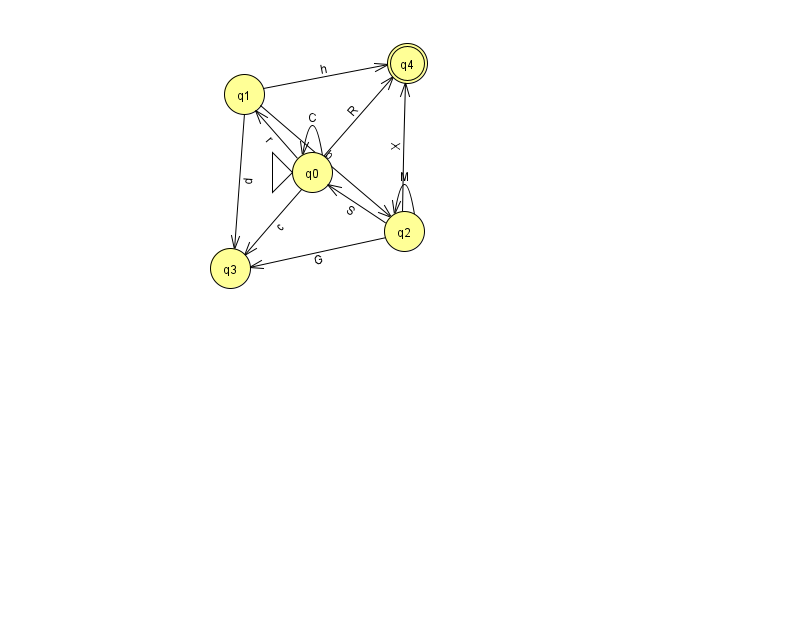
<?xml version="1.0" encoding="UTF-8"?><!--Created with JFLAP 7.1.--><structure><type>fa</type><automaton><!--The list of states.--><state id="0" name="q0"><x>312.0</x><y>159.0</y><initial/></state><state id="1" name="q1"><x>244.0</x><y>81.0</y></state><state id="2" name="q2"><x>404.0</x><y>218.0</y></state><state id="3" name="q3"><x>230.0</x><y>255.0</y></state><state id="4" name="q4"><x>407.0</x><y>50.0</y><final/></state><!--The list of transitions.--><transition><from>0</from><to>0</to><read>C</read></transition><transition><from>0</from><to>3</to><read>c</read></transition><transition><from>1</from><to>2</to><read>b</read></transition><transition><from>1</from><to>3</to><read>d</read></transition><transition><from>0</from><to>1</to><read>r</read></transition><transition><from>2</from><to>4</to><read>X</read></transition><transition><from>0</from><to>4</to><read>R</read></transition><transition><from>2</from><to>2</to><read>M</read></transition><transition><from>1</from><to>4</to><read>h</read></transition><transition><from>2</from><to>3</to><read>G</read></transition><transition><from>2</from><to>0</to><read>S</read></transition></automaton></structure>